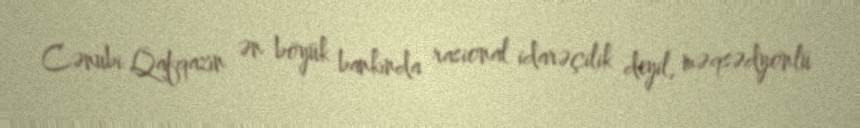
Cənubi Qafqazın ən böyük bankında rasional idarəçilik deyil, məqsədyönlü